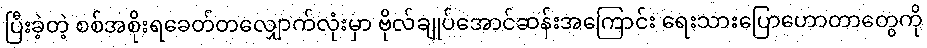
ပြီးခဲ့တဲ့ စစ်အစိုးရခေတ်တလျှောက်လုံးမှာ ဗိုလ်ချုပ်အောင်ဆန်းအကြောင်း ရေးသားပြောဟောတာတွေကို